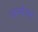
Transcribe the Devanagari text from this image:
वामरेचन